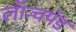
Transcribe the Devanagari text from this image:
लॉन्चपॅड